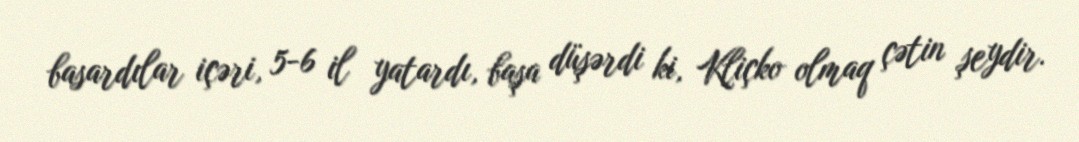
basardılar içəri, 5-6 il yatardı, başa düşərdi ki, Kliçko olmaq çətin şeydir.